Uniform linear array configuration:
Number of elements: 32
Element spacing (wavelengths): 0.75
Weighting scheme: kaiser
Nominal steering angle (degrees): -45
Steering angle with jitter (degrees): -46.177
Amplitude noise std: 0.05
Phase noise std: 0.05

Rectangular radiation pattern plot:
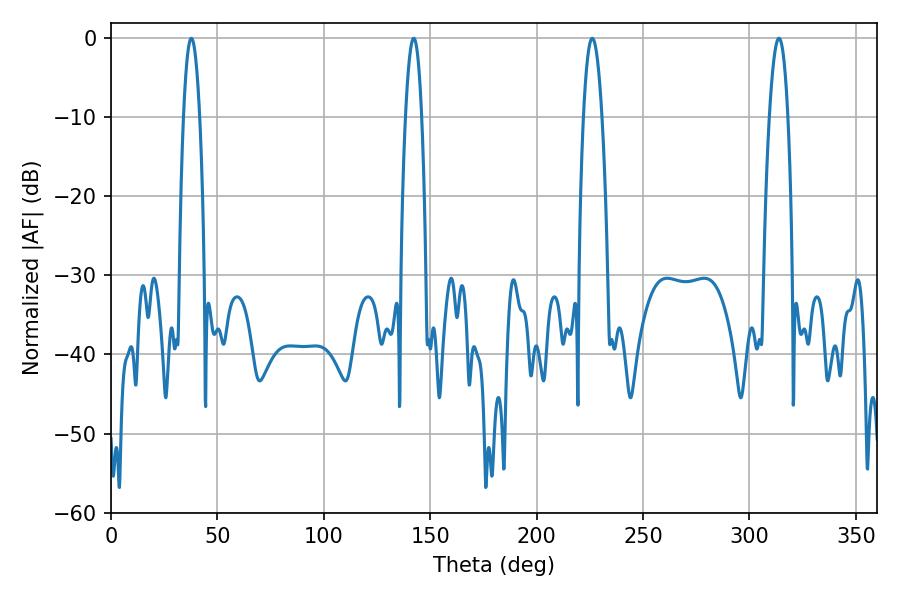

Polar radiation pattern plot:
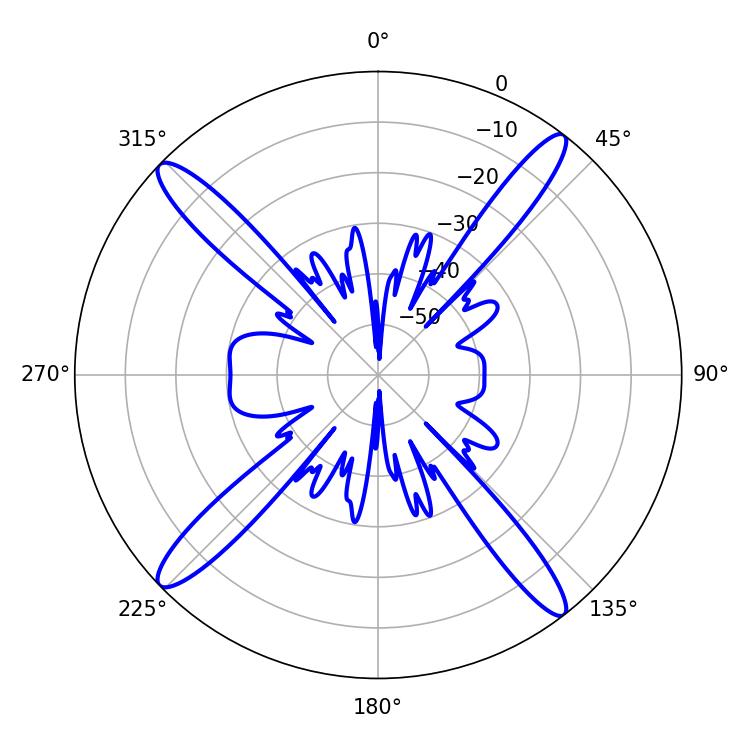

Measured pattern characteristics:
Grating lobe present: TRUE
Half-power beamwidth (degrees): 4.14
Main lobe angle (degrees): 37.8